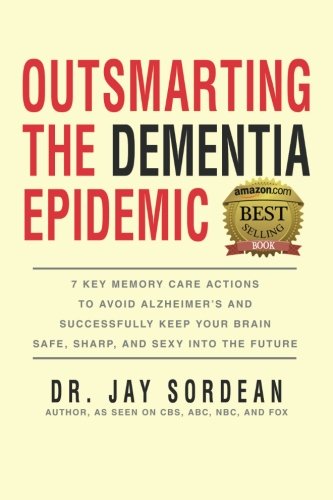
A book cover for Outsmarting the Dementia Epidemic: 7 Key Memory Care Actions to Avoid Alzheimer's and Successfully Keep Your Brain Safe, Sharp and Sexy Into the Future; Dr. Jay Sordean; Medical Books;